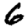
Digit: 6